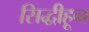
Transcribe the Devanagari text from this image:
सिद्धीहून